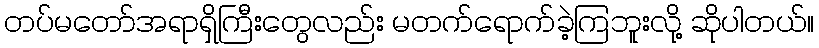
တပ်မတော်အရာရှိကြီးတွေလည်း မတက်ရောက်ခဲ့ကြဘူးလို့ ဆိုပါတယ်။